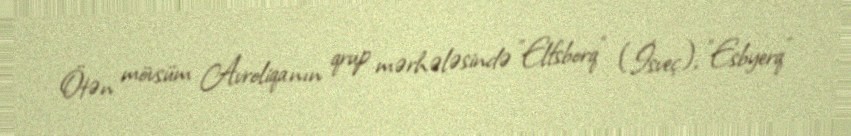
Ötən mövsüm Avroliqanın qrup mərhələsində "Elfsborq" (İsveç), "Esbyerq"